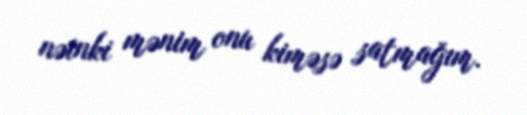
nəinki mənim onu kiməsə satmağım.